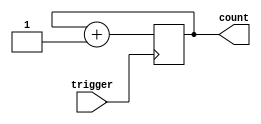
module Counter (
    input trigger,
    output reg [7:0] count
);

always @(posedge trigger) begin
    count <= count + 1;
end

endmodule